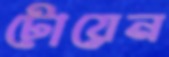
টোয়েন